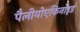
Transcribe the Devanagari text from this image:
पैलीयोएकिनॉइड